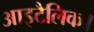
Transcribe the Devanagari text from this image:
आइटैलिक।